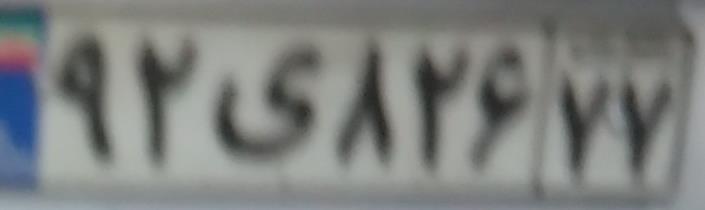
۹۲ی۸۲۶۷۷